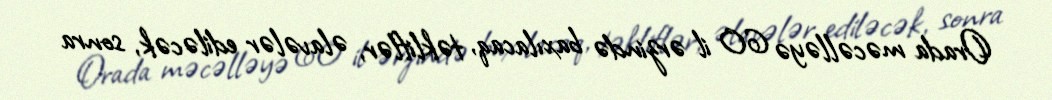
Orada məcəlləyə 60 il ərzində baxılacaq, təkliflər, əlavələr ediləcək, sonra